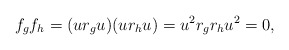
\begin{align*}f_gf_h=(ur_gu)(ur_hu)=u^2r_gr_hu^2=0,\end{align*}